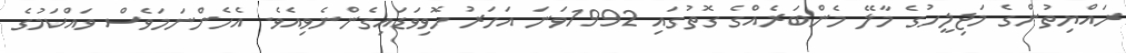
ރައްޔިތުންގެ މަޖިލީހުގެ މާލޭ މެންބަރެއްގެ ގޮތުގައި 1992ވަނަ އަހަރު ހޮވިވަޑައިގެންނެވިއެވެ. އެހެންނަމަވެސް ވައްކަމުގެ